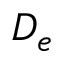
D _ { e }